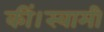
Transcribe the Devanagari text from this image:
कीं।स्वामी